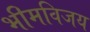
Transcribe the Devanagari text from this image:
भीमविजय